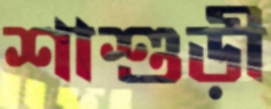
শাশুড়ী